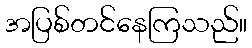
အပြစ်တင်နေကြသည်။